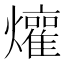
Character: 𬋜